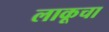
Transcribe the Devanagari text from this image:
लाकूचा